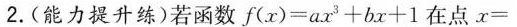
2.（能力提升练）若函数分$$f（ x ） a x ^ { 3 } + b x + 1$$在点$$x =